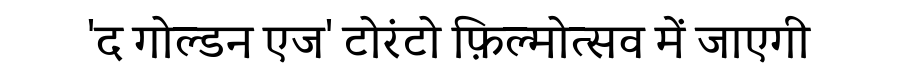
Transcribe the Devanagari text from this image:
'द गोल्डन एज' टोरंटो फ़िल्मोत्सव में जाएगी